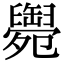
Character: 𦦩